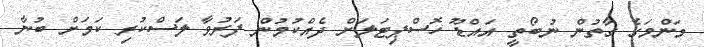
މަންމަގެ ގާތުން ނުބޯތީ އައްޑޫ ހޮސްޕިޓަލަށް ދެއްކުމުން ފަރުވާ ލަސްކުރި ކަމަށް ބުނާ